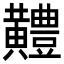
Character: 𪏨